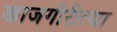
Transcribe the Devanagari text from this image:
खाजगीरीत्या